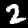
Digit: 2